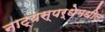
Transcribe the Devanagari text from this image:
नाट्यस्पर्धेमधील